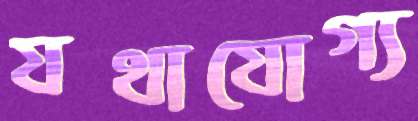
যথাযোগ্য